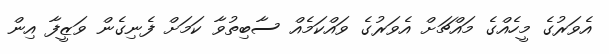
އެވަރުގެ މީހެއްގެ މައްޗަށް އެވަރުގެ ވައްކަމެއް ސާބިތުވާ ކަމަށް ފެނިގެން ވަޒީފާ އިން